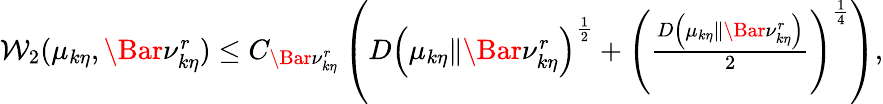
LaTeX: \begin{array}{r}{\mathcal{W}_{2}(\mu_{k\eta},\Bar{\nu}_{k\eta}^{r})\le C_{\Bar{\nu}_{k\eta}^{r}}\left(D\left(\mu_{k\eta}\| \Bar{\nu}_{k\eta}^{r}\right)^{\frac{1}{2}}+\left(\frac{D\left(\mu_{k\eta}\| \Bar{\nu}_{k\eta}^{r}\right)}{2}\right)^{\frac{1}{4}}\right),}\end{array}